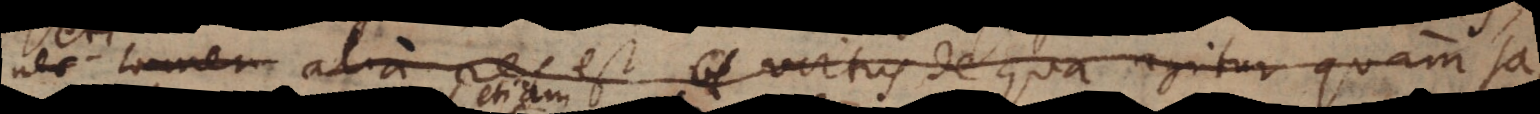
nec tamen alia res est virtus de qua agitur quam